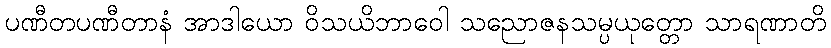
ပဏီတပဏီတာနံ အာဒါယော ဝိသယိဘာဝေါ သညောဇနသမ္ပယုတ္တော သာရဏာတိ